Vaccine operations Central Provinces 1900-1911 - 1900-1911
Year: 1900
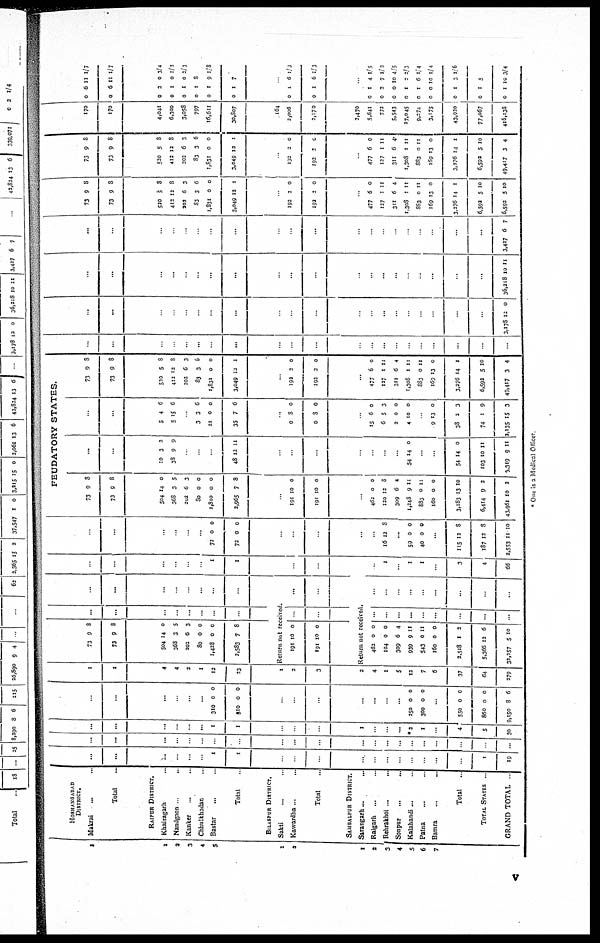
1
2
3
4
5
1
2
1
2
3
4
5
6
7
HOSHINGABAD
DISTRICT.
Makrai...
...
Total...
RAIPUR DISTRICT.
Khairagarh...
Nandgaon. ..
Kanker... .
Chhuikhadan...
Bastar...
..
Total..
BILASPUR DISTRICT.
Sakti... .
Kawardha... ...
Total
SAMBALPUR DISTRICT.
Sarangarh...
...
Raigarh... ..
Rehrakhol ... ...
Sonpur...
...
Kalahandi...
Patna... ..
Bamra...
..
Total..
TOTAL STATES..
GRAND TOTAL..
...
...
...
...
...
.
1
1
.
.
...
...
..
.
..
..
1
19
..
...
...
...
..
.
..
.
.
..
...
..
..
.
.
...
.
...
...
...
..
..
...
..
1
1
...
...
1
...
..
...
*2
1
.
4
5
30
..
...
...
.
...
...
310
310
0
0
0
0
..
..
...
...
...
..
...
250
300
0
0
0
0
..
550
860
9,150
0
0
8
0
0
6
1
1
4
4
2
1
12
23
1
2
3
2
4
1
5
12
7
6
37
64
279
73
73
9
9
8
8
504
368
202
80
1,428
2,583
14
3
6
0
0
7
0
5
3
0
0
8
...
...
...
..
...
..
...
.
Return not received.
191
191
10
10
0
0
...
Return not received.
462
104
309
939
543
160
2,518
5,366
32,257
0
0
6
9
0
0
1
12
5
0
0
4
11
11
0
2
6
10
...
..
...
...
...
...
..
...
...
...
...
..
.
.
...
...
...
...
..
..
..
..
.
...
...
...
..
...
...
...
...
1
1
.
.
.
1
..
1
1
..
3
4
66
...
...
...
.
.
...
72
72
0
0
0
0
..
..
.
16 12 8
...
59
40
0
0
0
0
...
115
187
2,553
12
12
11
8
8
10
FEUDATORY STATES.
73
7
9
9
8
8
504
368
202
80
1,810
2,965
14
3
6
0
0
7
0
5
3
0
0
8
..
191
191
10
10
0
0
.
462
120
309
1,248
883
160
3,183
6,414
43,961
0
12
6
9
0
0
13
9
10
0
8
4
11
11
0
10
2
2
...
...
10
38
3
9
2
9
.
48 12 11
..
..
.
.
..
.
..
54 14 0
.
..
54
103
3,319
14
0
9
0
11
11
.
...
5
5
4
15
6
6
.
3
21
35
3
0
7
6
0
6
..
0
0
8
8
0
0
.
15
6
2
4
6
5
0
10
0
3
0
0
9
38
74
3,135
13
2
1
15
0
3
9
3
73
73
9
9
8
8
520
412
202
83
1,831
3,049
5
12
6
3
0
12
8
8
3
6
0
1
.
192
193
2
2
0
0
...
477
127
311
1,308
883
169
3,276
6,592
49,417
6
1
6
1
0
13
14
5
3
0
11
4
11
11
0
1
10
4
..
...
...
.
.
...
.
...
...
.
..
..
..
...
..
..
.
..
...
...
.
.
..
.
...
.
..
.
..
...
...
..
...
...
3,178 12 0
...
...
...
...
...
...
...
...
..
...
...
.
...
...
...
..
..
.
..
36,218 10 11
...
..
...
.
..
...
...
...
.
..
...
...
.
...
.
..
..
...
..
3,427 6 7
73
73
9
9
8
8
520
412
202
83
1,831
3,049
5
12
6
3
0
12
8
8
3
6
0
1
192
192
2
2
0
0
477
127
311
1,308
883
169
3,276
6,592
6,592
6
1
6
1
0
13
14
5
5
0
11
4
11
11
0
1
10
10
73
73
9
9
8
8
520
412
202
83
1,831
3,049
5
12
6
3
0
13
8
8
3
6
0
1
192
192
2
2
0
0
..
477
127
311
1,308
883
169
3,276
6,592
49,417
6
1
6
1
0
13
14
5
3
0
11
4
11
11
0
1
10
4
170
170
4,041
6,300
3,058
797
16,611
30,807
164
2,006
2,170
3,470
5,641
772
5,543
17,045
9,274
3,175
43,920
77,067
416,138
0
0
6
6
11 1/7
11 1/7
0
0
0
0
0
0
2
1
1
1
1
1
0 3/4
0 1/2
0 3/3
8
9 1/8
7
0
0
1
1
6 l/3
6 1/3
0
0
0
0
0
0
0
0
0
I
2
0
1
1
0
1
1
1
4 1/5
7 1/2
10 4/5
2 2/3
6 1/4
10 1/4
3 l/6
5
10 3/4
* One is a Medical Officer
v